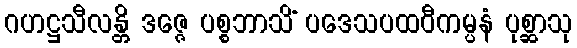
ဂဟဋ္ဌသီလန္တိ ဒဇ္ဇေ ပစ္စဘာသိံ ပဒေသပထဝီကမ္ပနံ ပုစ္ဆာသု